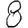
Digit: 8